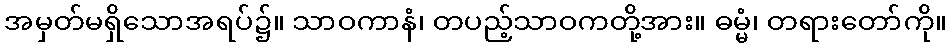
အမှတ်မရှိသောအရပ်၌။ သာဝကာနံ၊ တပည့်သာဝကတို့အား။ ဓမ္မံ၊ တရားတော်ကို။